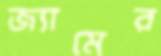
জ্যামের